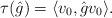
LaTeX: \begin{align*}\tau(\hat{g})=\langle v_{0},\hat g v_{0}\rangle.\end{align*}